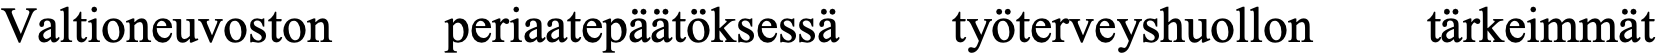
Valtioneuvoston periaatepäätöksessä työterveyshuollon tärkeimmät